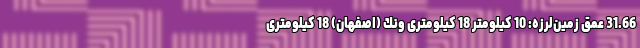
31.66 عمق زمین‌لرزه: 10 کیلومتر 18 کیلومتری ونك (اصفهان) 18 کیلومتری